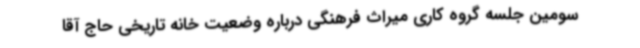
سومین جلسه گروه کاری میراث فرهنگی درباره وضعیت خانه تاریخی حاج آقا